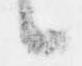
候